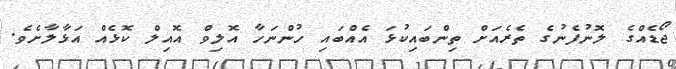
ޖޯޑެއްގެ ލޮނުފެނުގެ ތެރެއަށް ތިންބައިކުޅަ އެއްބައި ހުންނަހާ އޮލިވް އޮއިލް ކޮޅެއް އަޅާލާށެވެ.